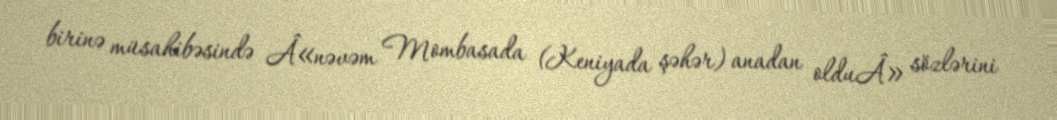
birinə müsahibəsində Â«nəvəm Mombasada (Keniyada şəhər) anadan olduÂ» sözlərini